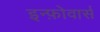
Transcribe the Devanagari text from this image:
इन्फ़ोवार्स